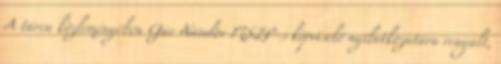
A tárca közleményében Gúr Nándor MSZP-s képviselő nyilatkozatára reagált,